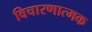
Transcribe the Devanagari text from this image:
विचारणात्मक